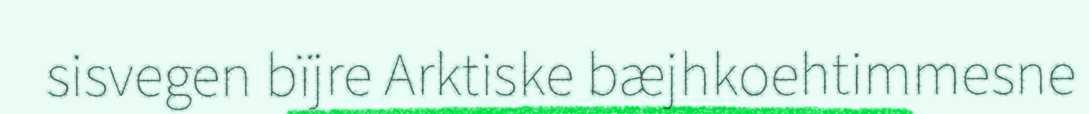
sisvegen bïjre Arktiske bæjhkoehtimmesne